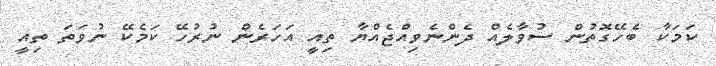
ކަމަކާ ބެހޭގޮތުން ސުވާލެއް ދެންނެވިއްޖެއްޔާ ތިއީ އަހަރެން ނުރުހޭ ކަމެކޭ ނުވަތަ ތިއީ